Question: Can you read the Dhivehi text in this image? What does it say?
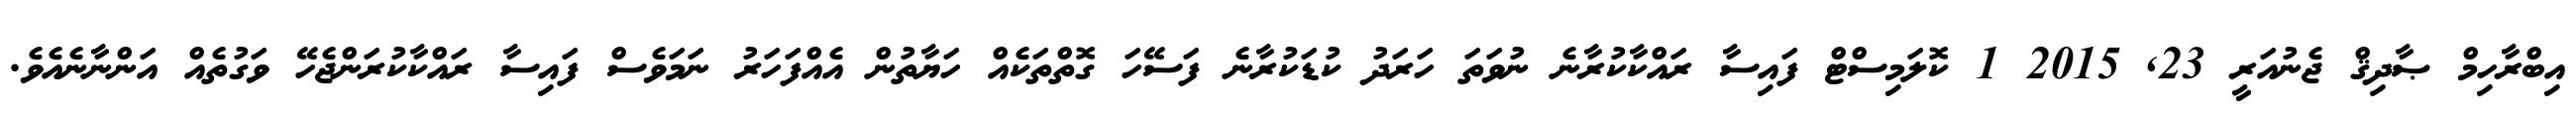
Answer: އިބްރާހިމް ޞާދިޤް ޖެނުއަރީ 23, 2015 1 ކޮލަމިސްޓް ފައިސާ ރައްކާކުރާނެ ނުވަތަ ހަރަދު ކުޑަކުރާނެ ފަސޭހަ ގޮތްތަކެއް ހަޔާތުން އެއްފަހަރު ނަމަވެސް ފައިސާ ރައްކާކުރަންޖެހޭ ވަގުތެއް އަންނާނެއެވެ.